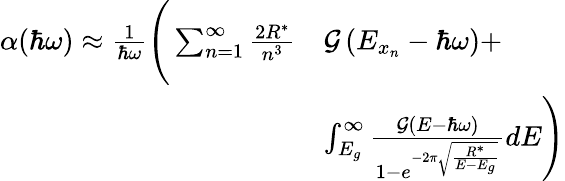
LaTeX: \begin{array}{rl}{\alpha(\hbar\omega)\approx\frac{1}{\hbar\omega}\Bigg(\sum_{n=1}^{\infty}\frac{2R^{*}}{n^{3}}}&{\mathcal{G}\left(E_{x_{n}}-\hbar\omega\right)+}\\ &{\int_{E_{g}}^{\infty}\frac{\mathcal{G}\left(E-\hbar\omega\right)}{1-e^{-2\pi\sqrt{\frac{R^{*}}{E-E_{g}}}}}dE\Bigg)}\end{array}